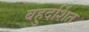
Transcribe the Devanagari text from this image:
बहुदर्शित